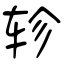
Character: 轸